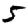
Digit: 5